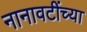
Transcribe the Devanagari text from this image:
नानावटींच्या